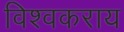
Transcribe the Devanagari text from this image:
विश्वकराय